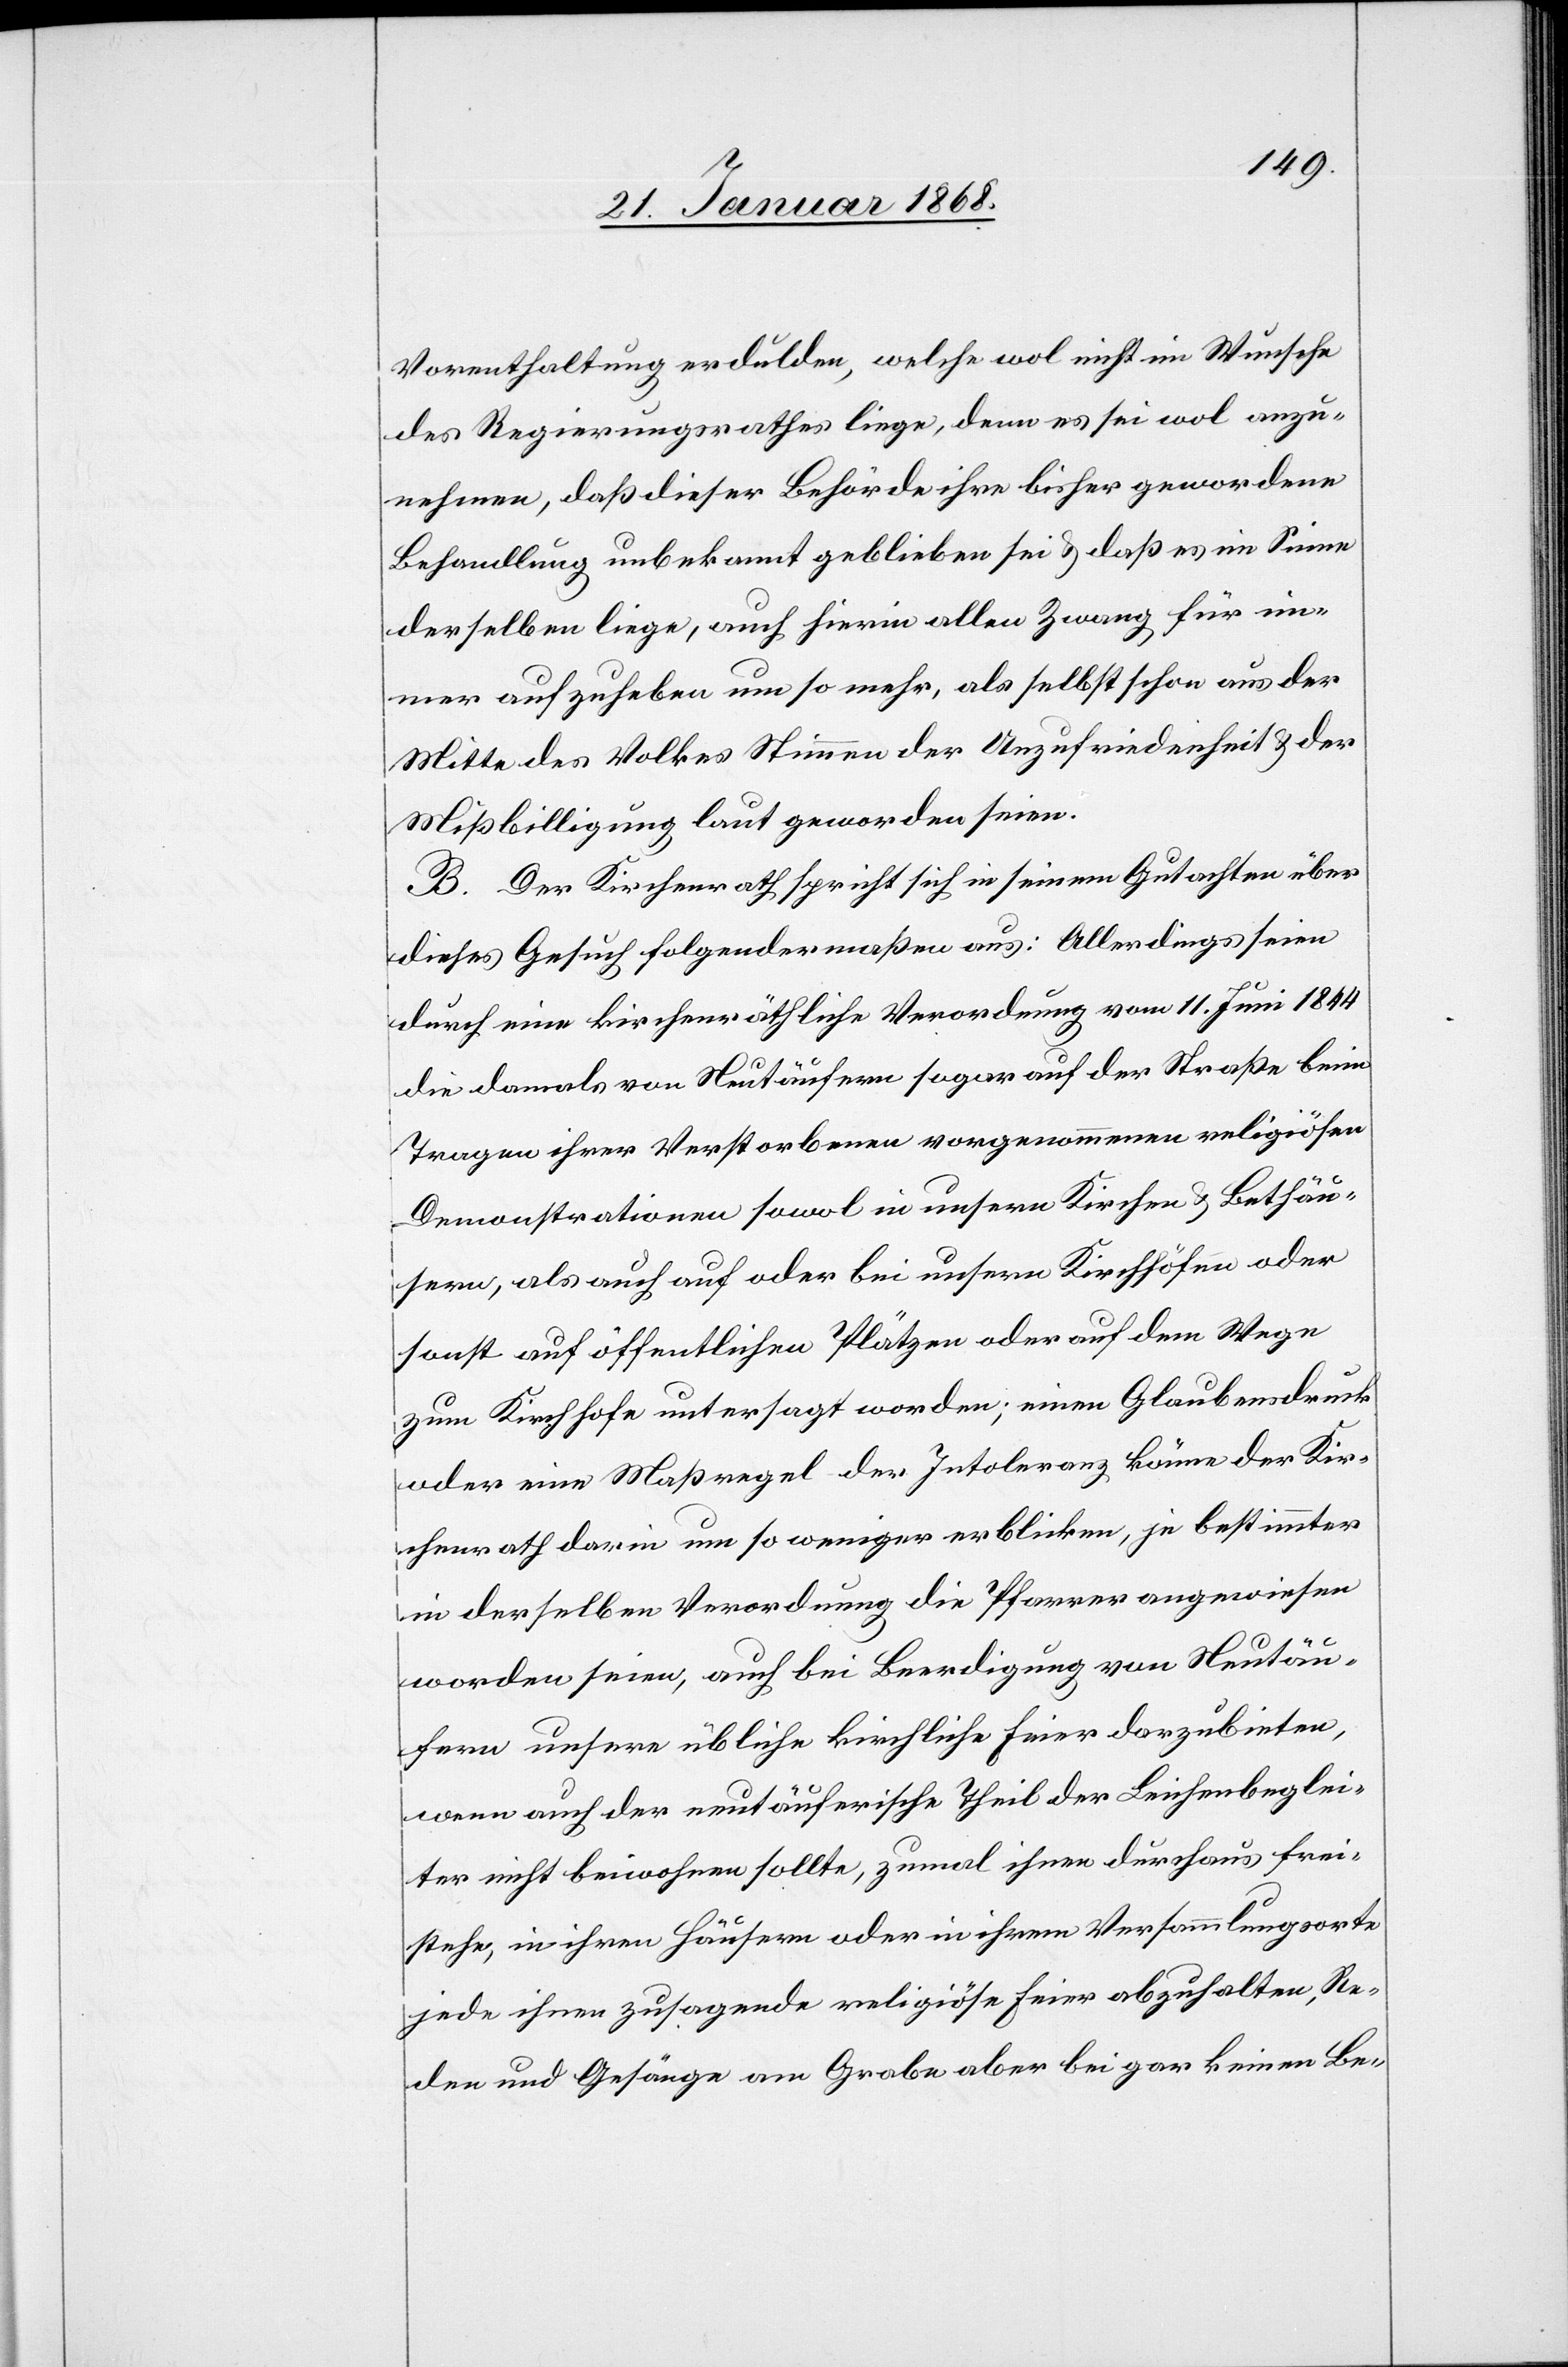
Vorenthaltung erdulden, welche wol nicht im Wunsche
des Regierungsrathes liege, denn es sei wol anzu¬
nehmen, daß dieser Behörde ihre bisher gewordene
Behandlung unbekannt geblieben sei & daß es im Sinne
derselben liege, auch hierin allen Zwang für im¬
mer aufzuheben um so mehr, als selbst schon aus der
Mitte des Volkes Stimmen der Unzufriedenheit & der
Mißbilligung laut geworden seien.
B. Der Kirchenrath spricht sich in seinem Gutachten über
dieses Gesuch folgendermaßen aus: Allerdings seien
durch eine kirchenräthliche Verordnung vom 11. Juni 1844
die damals von Neutäufern sogar auf der Straße beim
Tragen ihrer Verstorbenen vorgenommenen religiösen
Demonstrationen sowol in unsern Kirchen & Bethäu¬
sern, als auch auf oder bei unsern Kirchhöfen oder
sonst auf öffentlichen Plätzen oder auf dem Wege
zum Kirchhofe untersagt worden; einen Glaubensdruck
oder eine Maßregel der Intoleranz könne der Kir¬
chenrath darin um so weniger erblicken, je bestimmter
in derselben Verordnung die Pfarrer angewiesen
worden seien, auch bei Beerdigung von Neutäu¬
fern unsere übliche kirchliche Feier darzubieten,
wenn auch der neutäuferische Theil der Leichenbeglei¬
ter nicht beiwohnen sollte, zumal ihnen durchaus frei¬
stehe, in ihren Häusern oder in ihrem Versammlungsorte
jede ihnen zusagende religiöse Feier abzuhalten, Re¬
den und Gesänge am Grabe aber bei gar keinen Be-